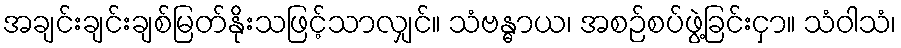
အချင်းချင်းချစ်မြတ်နိုးသဖြင့်သာလျှင်။ သံဗန္ဓာယ၊ အစဉ်စပ်ဖွဲ့ခြင်းငှာ။ သံဝါသံ၊